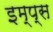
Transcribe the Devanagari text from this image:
इम्प्स